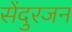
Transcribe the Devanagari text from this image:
सेंदुरजन